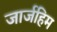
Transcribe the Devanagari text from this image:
जार्जहिम